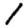
Digit: 1